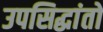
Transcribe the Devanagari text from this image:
उपसिद्धांतों